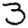
Digit: 3